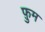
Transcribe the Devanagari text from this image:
फ़ुम